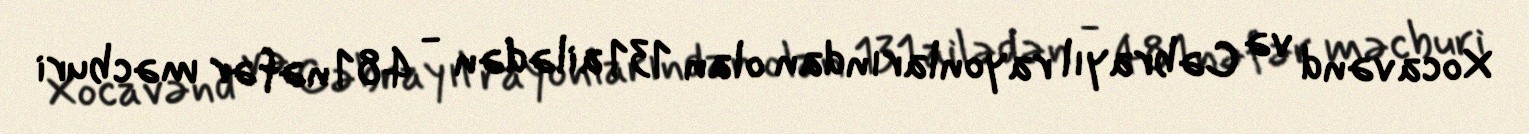
Xocavənd və Cəbrayıl rayonlarından olan 131 ailədən - 481 nəfər məcburi